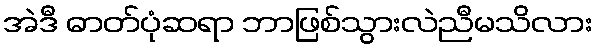
အဲဒီ ဓာတ်ပုံဆရာ ဘာဖြစ်သွားလဲညီမသိလား